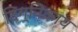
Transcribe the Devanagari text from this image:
दिग्निकाय